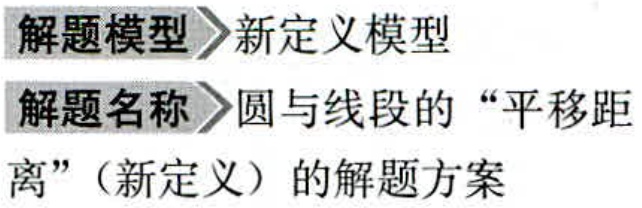
解题模型 新定义模型
解题名称 圆与线段的“平移距
离”（新定义）的解题方案